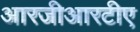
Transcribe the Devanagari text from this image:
आरजीआरटीए